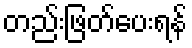
တည်းဖြတ်ပေးရန်